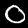
Label: 0